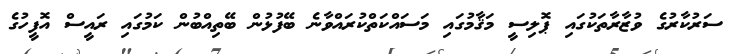
ސަރުކާރުގެ ވުޒާރާތަކުގައި ޕޮލިސީ މަޤާމުގައި މަސައްކަތްކުރައްވާނެ ބޭފުޅުން ބޭތިއްބުން ކަމުގައި ރައީސް އޮފީހުގެ